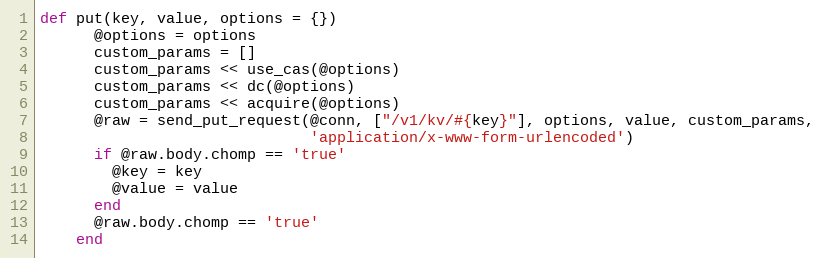
Language: Ruby
def put(key, value, options = {})
      @options = options
      custom_params = []
      custom_params << use_cas(@options)
      custom_params << dc(@options)
      custom_params << acquire(@options)
      @raw = send_put_request(@conn, ["/v1/kv/#{key}"], options, value, custom_params,
                              'application/x-www-form-urlencoded')
      if @raw.body.chomp == 'true'
        @key = key
        @value = value
      end
      @raw.body.chomp == 'true'
    end